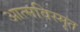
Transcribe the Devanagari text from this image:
आत्‍मविस्‍मृत